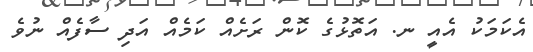
އެކަމަކު އެއީ ނ. އަތޮޅުގެ ކޮން ރަށެއް ކަމެއް އަދި ސާފެއް ނުވެ